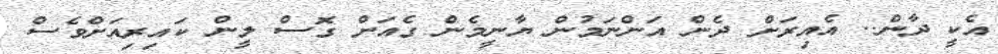
އެކީ ދާން.. އެއިރަށް ދެން އަންނަމުން ޔާނީމެން ގެއަށް ގޮސް ލީން ކައިރިއަށްވެސް